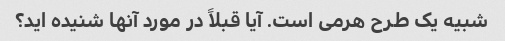
شبیه یک طرح هرمی است. آیا قبلاً در مورد آنها شنیده اید؟